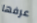
عرفها